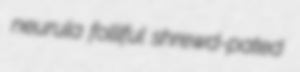
neurula folliful shrewd-pated